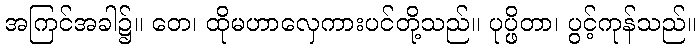
အကြင်အခါ၌။ တေ၊ ထိုမဟာလှေကားပင်တို့သည်။ ပုပ္ဖိတာ၊ ပွင့်ကုန်သည်။